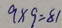
9 \times 9 = 8 1